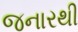
જનારથી